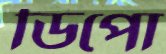
ডিপো